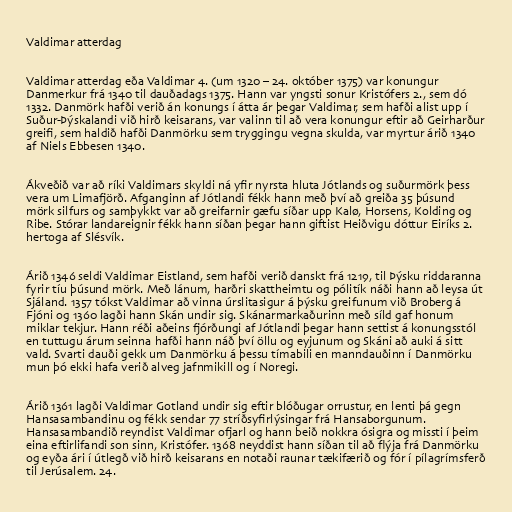
Valdimar atterdag

Valdimar atterdag eða Valdimar 4. (um 1320 – 24. október 1375) var konungur
Danmerkur frá 1340 til dauðadags 1375. Hann var yngsti sonur Kristófers 2., sem dó
1332. Danmörk hafði verið án konungs í átta ár þegar Valdimar, sem hafði alist upp í
Suður-Þýskalandi við hirð keisarans, var valinn til að vera konungur eftir að Geirharður
greifi, sem haldið hafði Danmörku sem tryggingu vegna skulda, var myrtur árið 1340
af Niels Ebbesen 1340.

Ákveðið var að ríki Valdimars skyldi ná yfir nyrsta hluta Jótlands og suðurmörk þess
vera um Limafjörð. Afganginn af Jótlandi fékk hann með því að greiða 35 þúsund
mörk silfurs og samþykkt var að greifarnir gæfu síðar upp Kalø, Horsens, Kolding og
Ribe. Stórar landareignir fékk hann síðan þegar hann giftist Heiðvigu dóttur Eiríks 2.
hertoga af Slésvík.

Árið 1346 seldi Valdimar Eistland, sem hafði verið danskt frá 1219, til Þýsku riddaranna
fyrir tíu þúsund mörk. Með lánum, harðri skattheimtu og pólitík náði hann að leysa út
Sjáland. 1357 tókst Valdimar að vinna úrslitasigur á þýsku greifunum við Broberg á
Fjóni og 1360 lagði hann Skán undir sig. Skánarmarkaðurinn með síld gaf honum
miklar tekjur. Hann réði aðeins fjórðungi af Jótlandi þegar hann settist á konungsstól
en tuttugu árum seinna hafði hann náð því öllu og eyjunum og Skáni að auki á sitt
vald. Svarti dauði gekk um Danmörku á þessu tímabili en manndauðinn í Danmörku
mun þó ekki hafa verið alveg jafnmikill og í Noregi.

Árið 1361 lagði Valdimar Gotland undir sig eftir blóðugar orrustur, en lenti þá gegn
Hansasambandinu og fékk sendar 77 stríðsyfirlýsingar frá Hansaborgunum.
Hansasambandið reyndist Valdimar ofjarl og hann beið nokkra ósigra og missti í þeim
eina eftirlifandi son sinn, Kristófer. 1368 neyddist hann síðan til að flýja frá Danmörku
og eyða ári í útlegð við hirð keisarans en notaði raunar tækifærið og fór í pílagrímsferð
til Jerúsalem. 24.